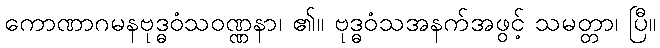
ကောဏာဂမနဗုဒ္ဓဝံသဝဏ္ဏနာ၊ ၏။ ဗုဒ္ဓဝံသအနက်အဖွင့် သမတ္တာ၊ ပြီ။